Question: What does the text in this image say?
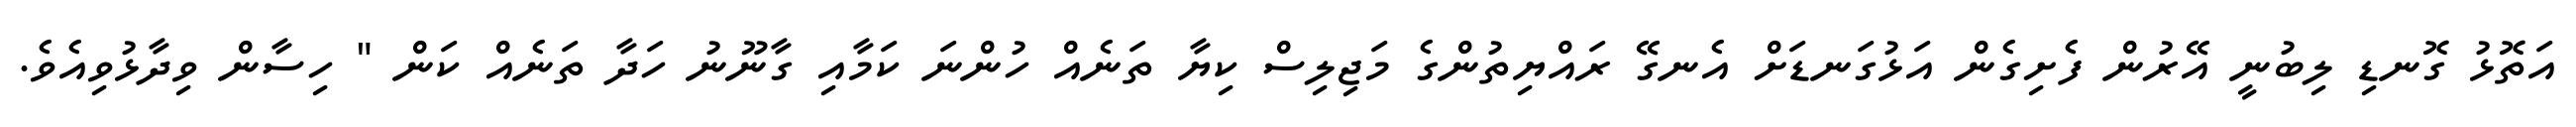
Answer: އަތޮޅު ގޮނޑި ލިބުނީ އޭރުން ފެށިގެން އަޅުގަނޑަށް އެނގޭ ރައްޔިތުންގެ މަޖިލިސް ކިޔާ ތަނެއް ހުންނަ ކަމާއި ގާނޫނު ހަދާ ތަނެއް ކަން " ހިސާން ވިދާޅުވިއެވެ.